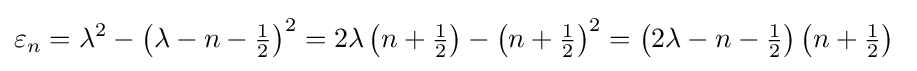
\varepsilon _{n}=\lambda ^{2}-\left(\lambda -n-{\tfrac {1}{2}}\right)^{2}=2\lambda \left(n+{\tfrac {1}{2}}\right)-\left(n+{\tfrac {1}{2}}\right)^{2}=\left(2\lambda -n-{\tfrac {1}{2}}\right)\left(n+{\tfrac {1}{2}}\right)\